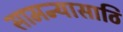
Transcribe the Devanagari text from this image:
सामन्यासाठि